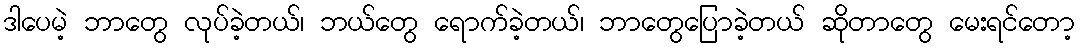
ဒါပေမဲ့ ဘာတွေ လုပ်ခဲ့တယ်၊ ဘယ်တွေ ရောက်ခဲ့တယ်၊ ဘာတွေပြောခဲ့တယ် ဆိုတာတွေ မေးရင်တော့